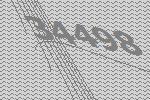
34498